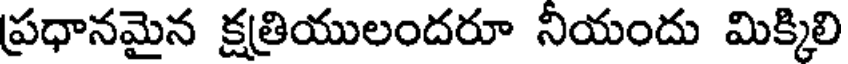
ప్రధానమైన క్షత్రియులందరూ నియందు మిక్కిలి